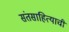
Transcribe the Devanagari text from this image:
संतसाहित्याची